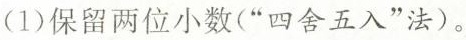
(1)保留两位小数(“四舍五入”法)。